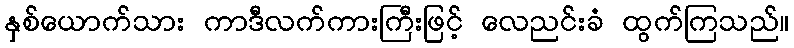
နှစ်ယောက်သား ကာဒီလက်ကားကြီးဖြင့် လေညင်းခံ ထွက်ကြသည်။